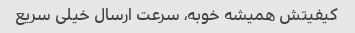
کیفیتش همیشه خوبه، سرعت ارسال خیلی سریع